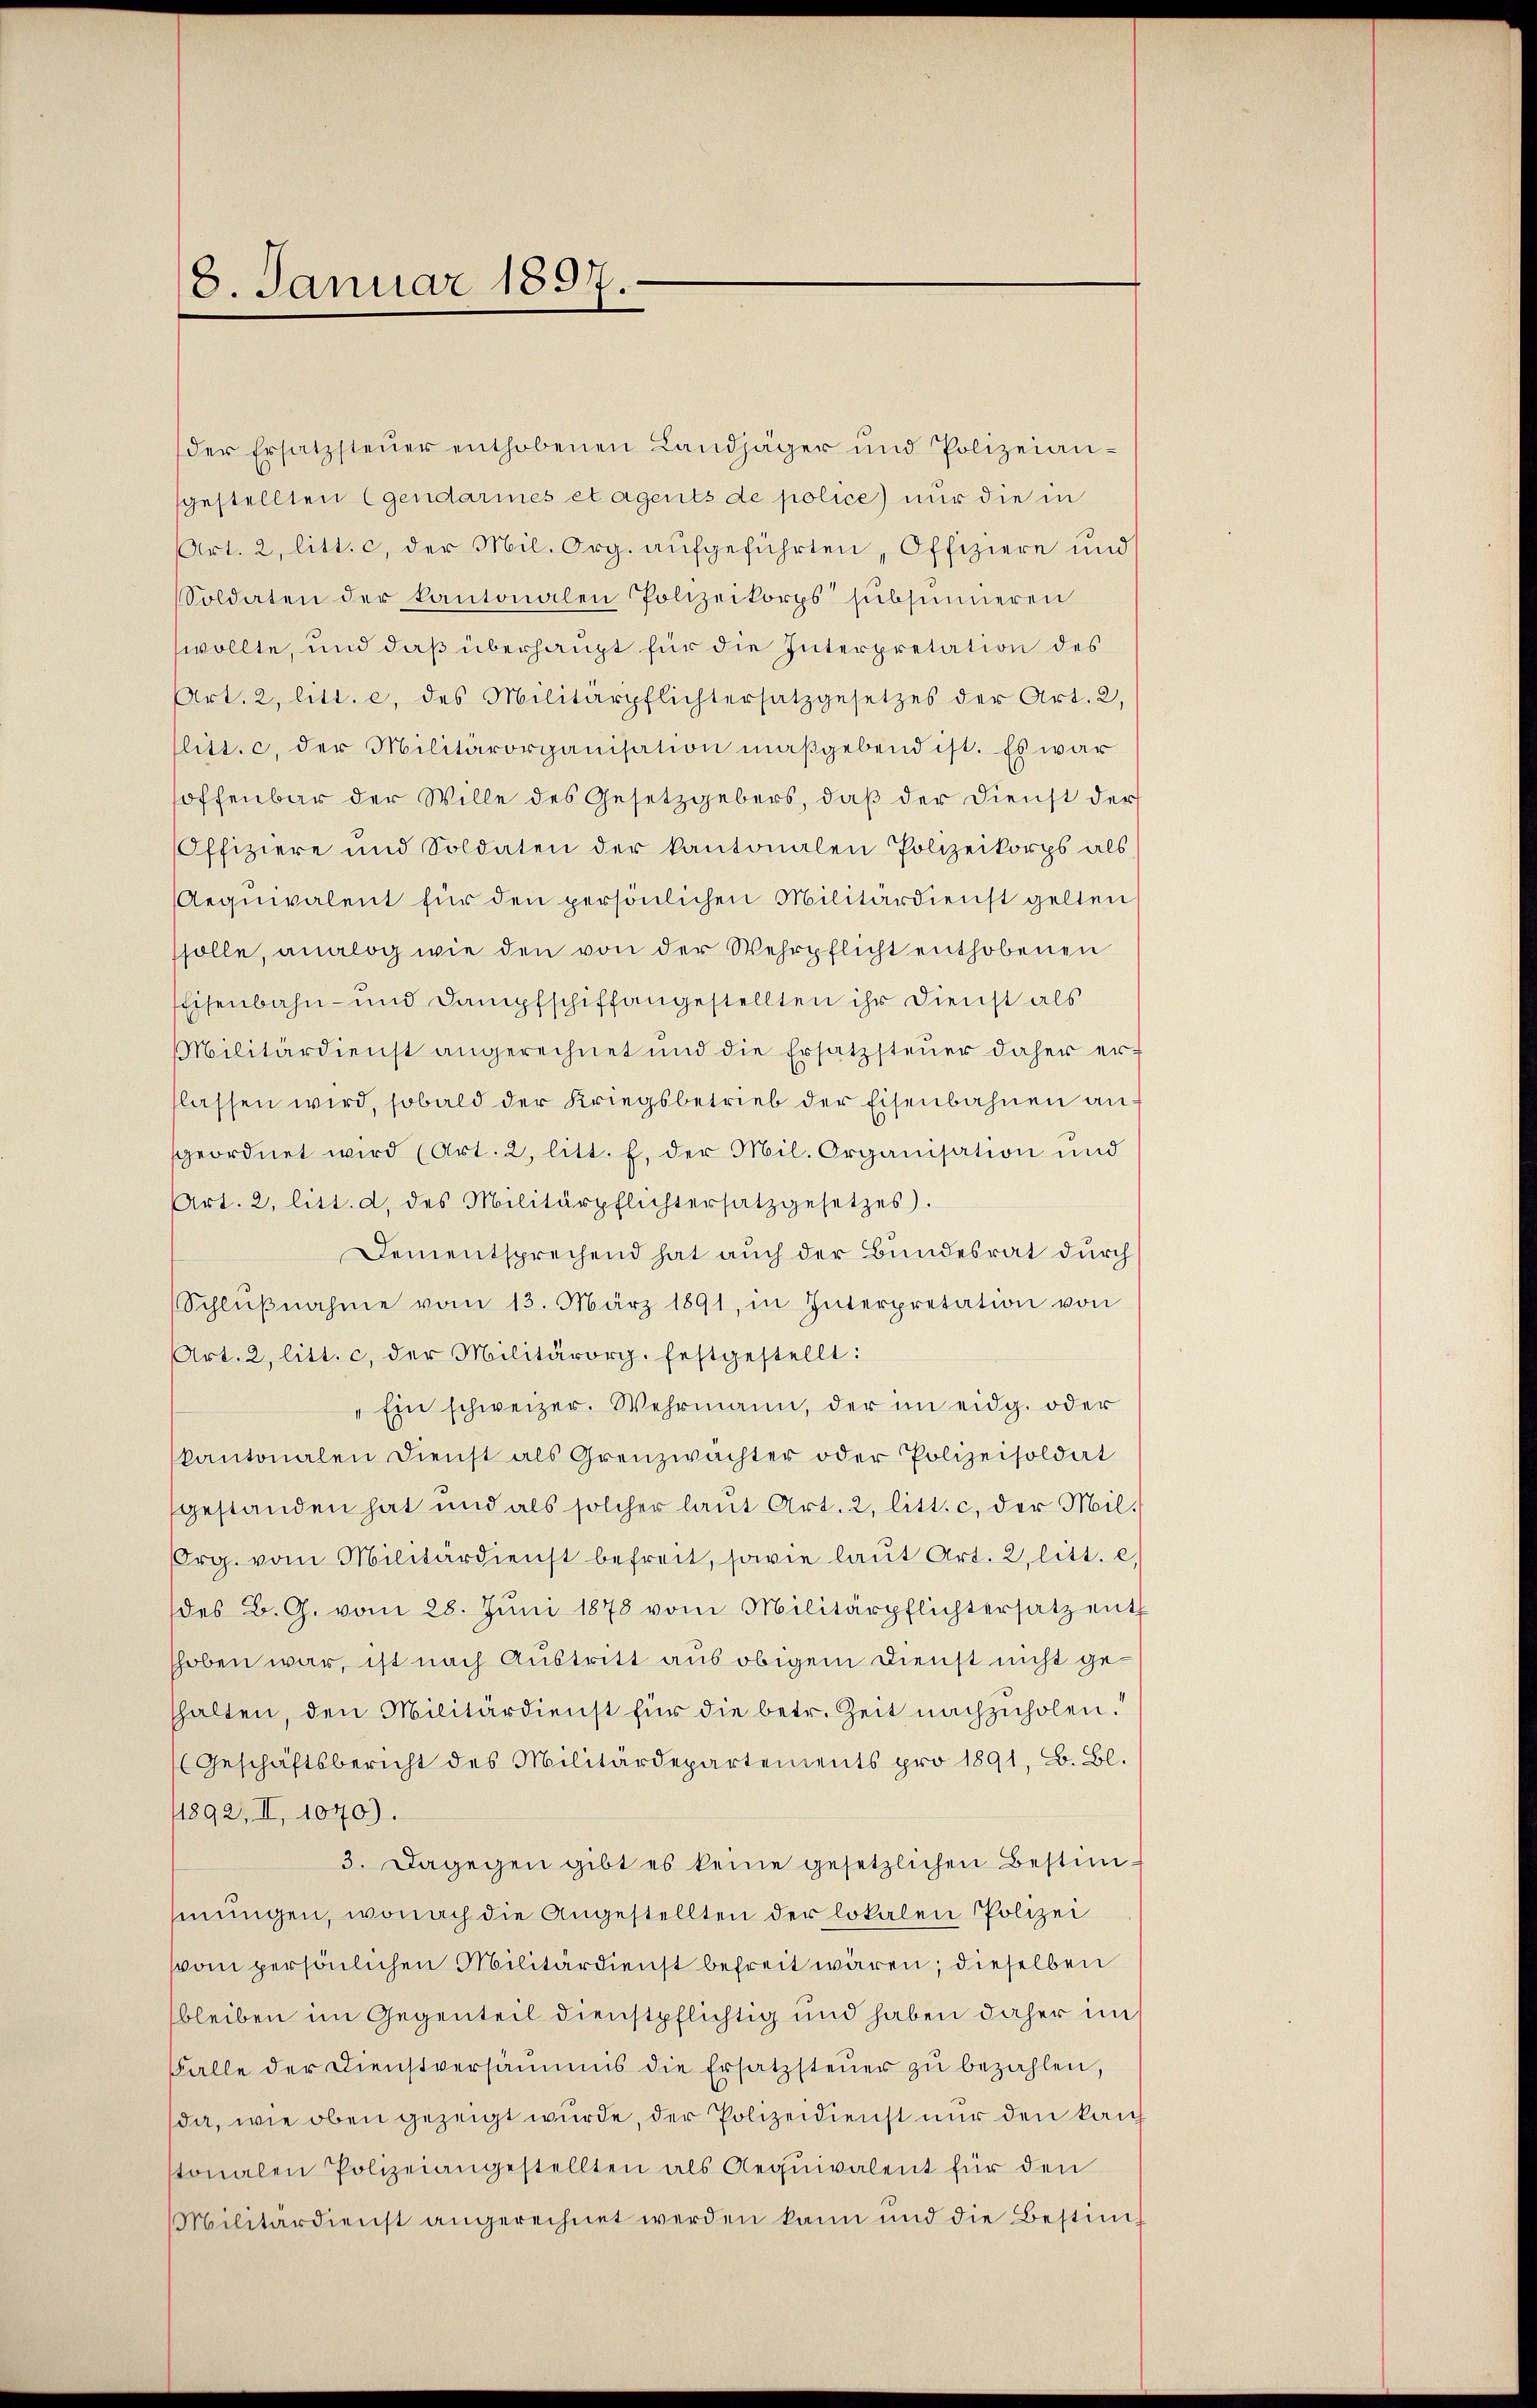
18. Januar 1891

der Ersatzsteŭer enthobenen Landjäger und Polizeian-
gestellten (gendarmes et agents de police) nur die in
Art. 2, litt. c, der Mil. Org. aŭfgeführten, Offiziere und
Soldaten der kantonalen Polizeikorps subsinneren
wollte, und daß überhaupt für die Interpretation des
Art. 2, litt. e. des Militärpflichtersatzgesetzes der Art. 2,
litt. c. der Militärorganisation maßgebend ist. Es war
hoffenbar der Wille des Gesetzgebers, daß der Dienst der
Offiziere und Soldaten der kantonalen Polizeikorps als
Aequivalent für den persönlichen Militärdienst gelten
ssolle, analog wie den von der Wehrpflicht enthobenen
Eisenbahn- und Dampfschiffangestellten ihr Dienst als
Militärdienst angerechnet und die Ersatzsteŭer daher erf
flassen wird, sobald der Kriegsbetrieb der Eisenbahnen ansgeordnet wird (Art. 2, litt. f. der Mil. Organisation und
Art. 2, litt. d. des Militärpflichtersatzgesetzes).
Dementsprechend hat auch der Bundesrat durch
Schlŭβnahme vom 13. März 1891, in Interpretation von
Art. 2, litt. c. der Militärorg. festgestellt:
"Ein schweizer. Wehrmann, der im eidg. oder
kantonalen Dienst als Grenzwächter oder Polizeisoldat
gestanden hat und als solcher laŭt Art. 2, litt. c. der Mil¬
Org. vom Militärdienst befreit, sowie laŭt Art. 2, litt. e.
des B. G. vom 28. Jŭni 1878 vom Militärpflichtersatz ent
shoben war, ist nach Austritt aus obigem Dienst nicht gehhalten, den Militärdienst für die betr. Zeit nachzuholen.“
(Geschäftsbericht des Militärdepartements pro 1891, B. Bl.
1892, II, 1070).
3. Dagegen gibt es keine gesetzlichen Bestimsinŭngen, wonach die Angestellten der lokalen Polizei
vom persönlichen Militärdienst befreit wären; dieselben
bleiben im Gegenteil dienstpflichtig und haben daher im
Falle der Dienstversaṁmis die Ersatzsteŭer zŭ bezahlen,
da, wie oben gezeigt wurde, der Polizeidienst nur den kauf
tonalen Polizeiangestellten als Aequivalent für den
Militärdienst angerechnet werden kann und die Bestim¬